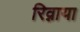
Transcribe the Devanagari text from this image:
रिव्नाया